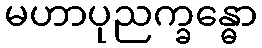
မဟာပုညက္ခန္ဓော